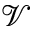
\mathcal { V }